Annual report on the Civil Veterinary Department, Burma (including the Insein Veterinary School) - 1932-1941
Year: 1932
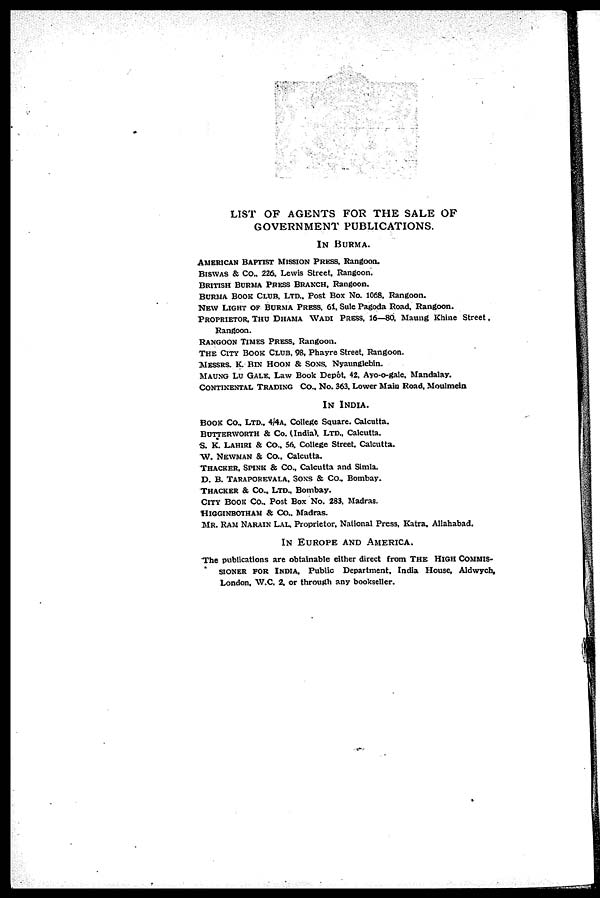
LIST OF AGENTS FOR THE SALE OF GOVERNMENT PUBLICATIONS
IN BURMA.
AMERICAN BAPTIST MISSION PRESS, Rangoon.
BISWAS & CO.. 226, LEWIS STREET. Rangoon.
BRITISH BURMA PRESS BRANCH, Rangoon.
BURMA BOOK CLUB, LTD., POST BOX No. 1068. Rangoon.
NEW LIGHT OF BURMA PRESS. 61, Sule Pagoda Road, Rangoon.
PROPRIETOR, THU DHAMA WADI PRESS. 16—80, Maung Khine Street
Rangoon.
RANGOON TIMES PRESS, Rangoon.
THE CITY BOOK CLUB, 98, Phayre Street, Rangoon.
MESSRS. K. BIN HOON & SONS. Nyaunglebin.
MAUNG LU GALE, Law Book Depot 42. Ayo-o-gale. Mandalay.
CONTINENTAL TRADING CO., No. 363. Lower Main Road, Moulmein
IN INDIA.
BOOK CO., LTD.. 4/4a. College Square. Calcutta.
BUTTERWORTH & Co. (India), Ltd., Calcutta.
S. K. LAHIRI & Co., 56, College Street. Calcutta.
W. NEWMAN & Co., Calcutta.
THACKER, SPINK & Co., Calcutta and Simla.
D. B. TARAPOREVALA, SONS & Co., Bombay.
THACKER & Co., Ltd., Bombay.
CITY BOOK CO.. Post Box No. 283. Madras.
HIGGINBOTHAM & Co., Madras.
MR. RAM NARAIN LAL. Proprietor, National Press, Katra. Allahabad.
IN EUROPE AND AMERICA.
The publications are obtainable either direct from THE HIGH COMMIS¬SIO